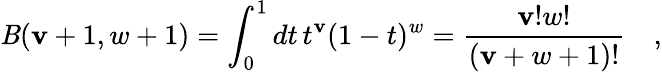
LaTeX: \mathit{B}(\mathbf{v}+1,w+1)=\int_{0}^{1}dt\, t^{\mathbf{v}}(1-t)^{w}={\frac{{\mathbf{v}!w!}}{{(\mathbf{v}+w+1)!}}}\quad,